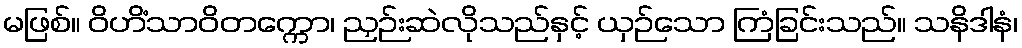
မဖြစ်။ ဝိဟိံသာဝိတက္ကော၊ ညှဉ်းဆဲလိုသည်နှင့် ယှဉ်သော ကြံခြင်းသည်။ သနိဒါနံ၊